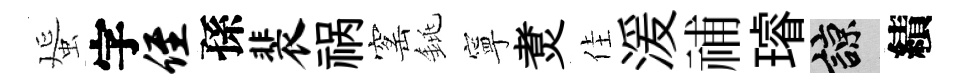
蜑字侄孫裴祸窰銚寧煑佳湲𥙷璿諒績